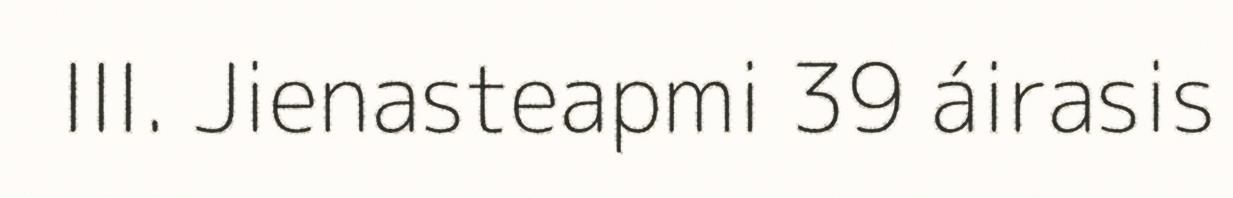
III. Jienasteapmi 39 áirasis